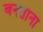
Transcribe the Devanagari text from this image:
बनताना